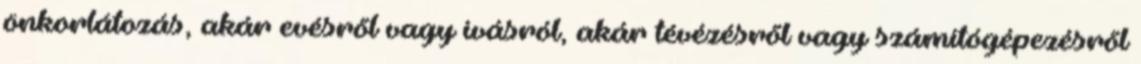
önkorlátozás, akár evésről vagy ivásról, akár tévézésről vagy számítógépezésről